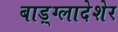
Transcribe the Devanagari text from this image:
बाड़्ग्लादेशेर